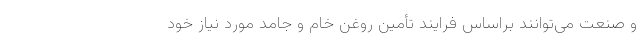
و صنعت می‌توانند براساس فرایند تأمین روغن خام و جامد مورد نیاز خود